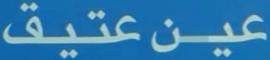
عين عتيق